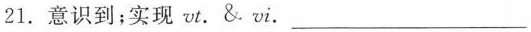
21. 意识到；实现 vt. & vi. ___